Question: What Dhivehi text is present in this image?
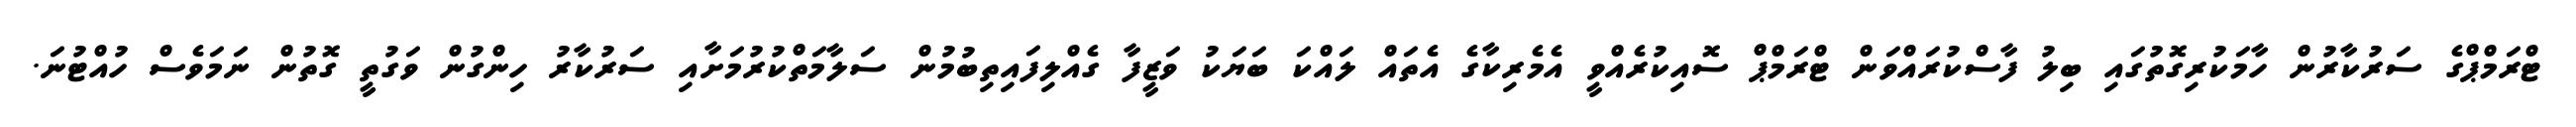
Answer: ޓްރަމްޕްގެ ސަރުކާރުން ހާމަކުރިގޮތުގައި ބިލު ފާސްކުރައްވަން ޓްރަމްޕް ސޮއިކުރެއްވީ އެމެރިކާގެ އެތައް ލައްކަ ބަޔަކު ވަޒީފާ ގެއްލިފައިތިބުމުން ސަލާމަތްކުރުމަށާއި ސަރުކާރު ހިންގުން ވަގުތީ ގޮތުން ނަމަވެސް ހުއްޓުނަ.